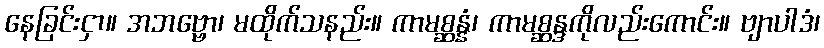
နေခြင်းငှာ။ အဘဗ္ဗော၊ မထိုက်သနည်း။ ကာမစ္ဆန္နံ၊ ကာမစ္ဆန္ဒကိုလည်းကောင်း။ ဗျာပါဒံ၊